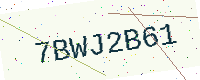
Text: 7BWJ2B61